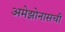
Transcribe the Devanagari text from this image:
अमेझोनासची